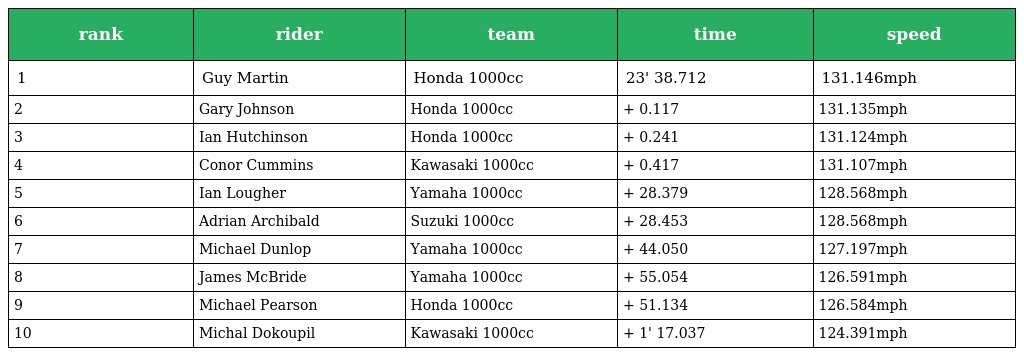
| rank | rider | team | time | speed |
 | --- | --- | --- | --- | --- |
 | 1 | Guy Martin | Honda 1000cc | 23' 38.712 | 131.146mph |
 | 2 | Gary Johnson | Honda 1000cc | + 0.117 | 131.135mph |
 | 3 | Ian Hutchinson | Honda 1000cc | + 0.241 | 131.124mph |
 | 4 | Conor Cummins | Kawasaki 1000cc | + 0.417 | 131.107mph |
 | 5 | Ian Lougher | Yamaha 1000cc | + 28.379 | 128.568mph |
 | 6 | Adrian Archibald | Suzuki 1000cc | + 28.453 | 128.568mph |
 | 7 | Michael Dunlop | Yamaha 1000cc | + 44.050 | 127.197mph |
 | 8 | James McBride | Yamaha 1000cc | + 55.054 | 126.591mph |
 | 9 | Michael Pearson | Honda 1000cc | + 51.134 | 126.584mph |
 | 10 | Michal Dokoupil | Kawasaki 1000cc | + 1' 17.037 | 124.391mph |